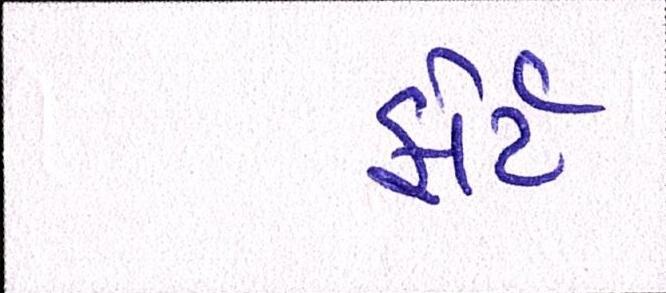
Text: ફોર્ટ